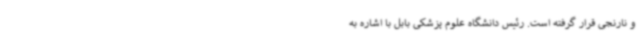
و نارنجی قرار گرفته است. رئیس دانشگاه علوم پزشکی بابل با اشاره به